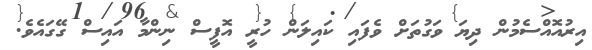
އިރުއޮއްސެމުން ދިޔަ ވަގުތަށް ވެފައި ކައިލަން ހުރީ އޮފީސް ނިންމާ އައިސް ގޭގައެވެ.